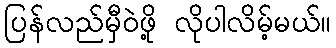
ပြန်လည်မှီဝဲဖို့ လိုပါလိမ့်မယ်။